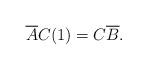
LaTeX: \begin{align*}\overline A C(1)=C\overline B.\end{align*}